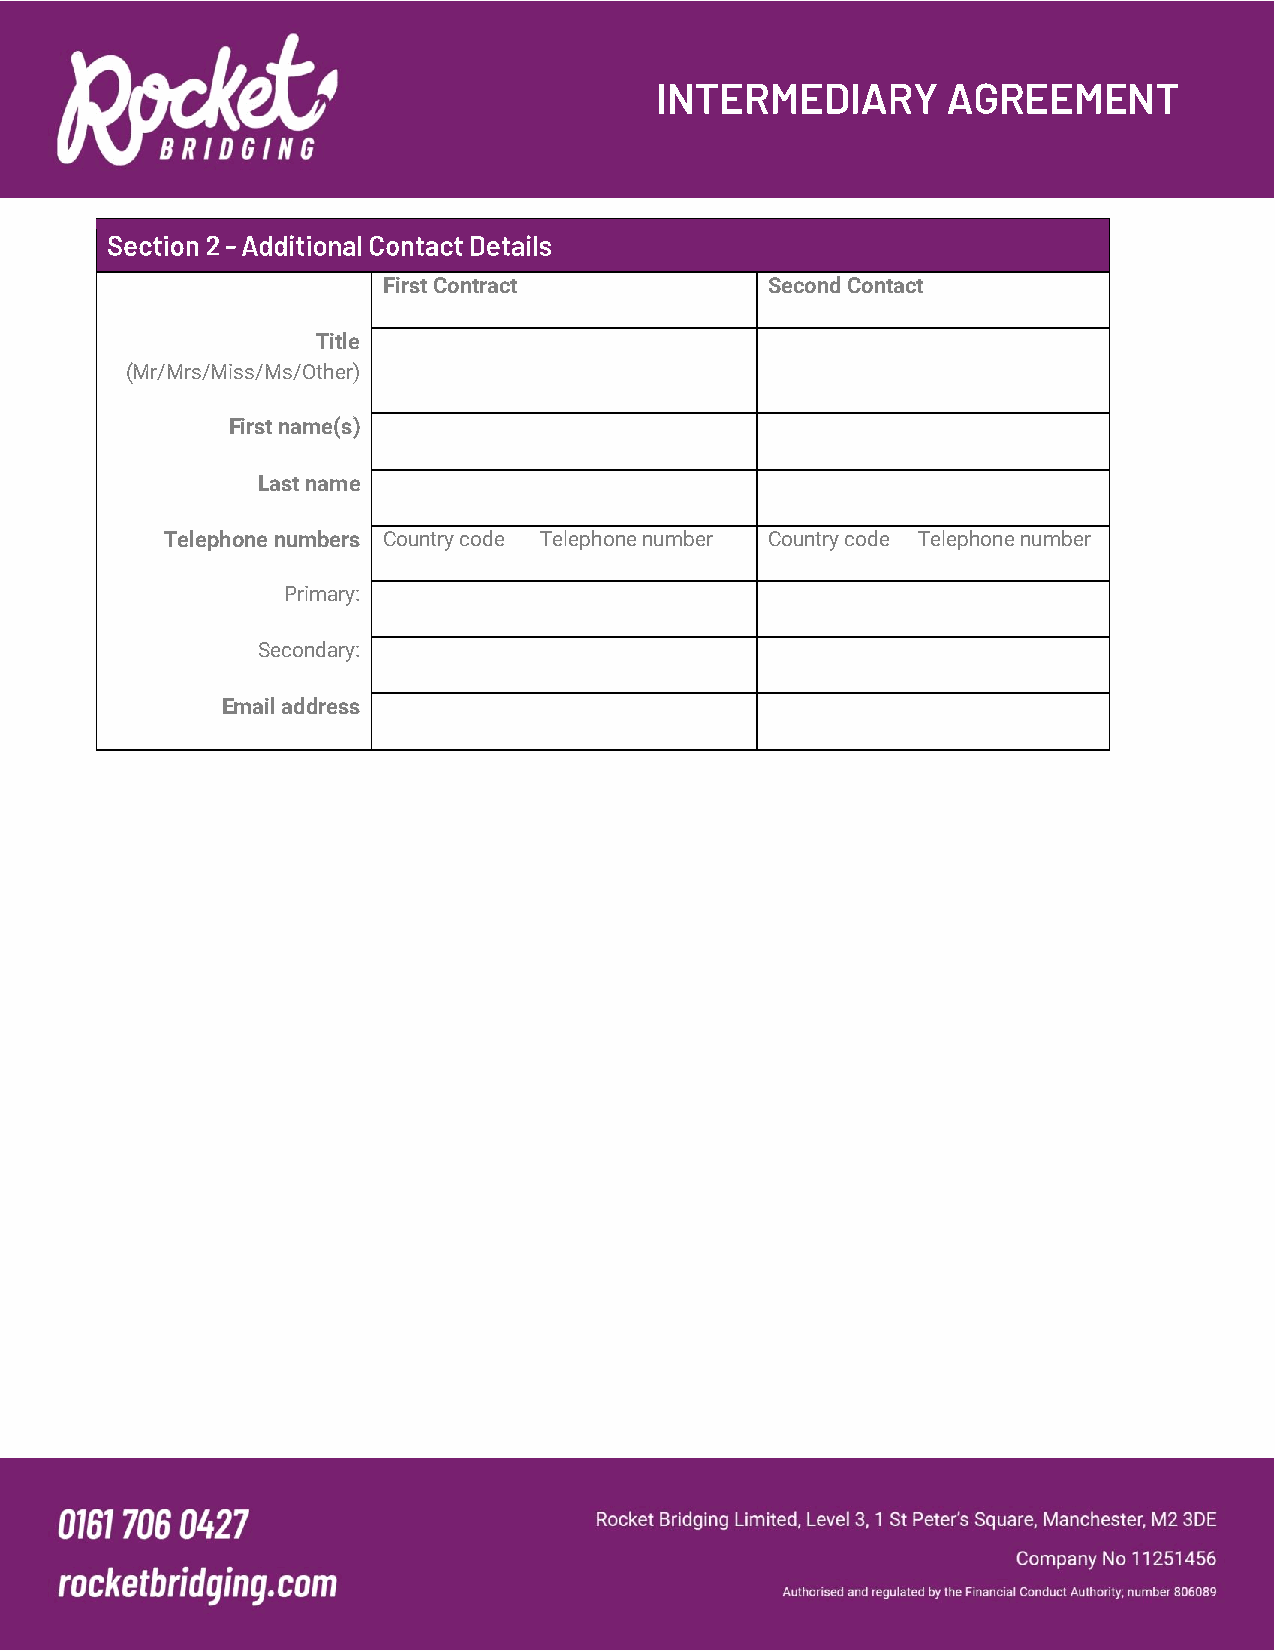
First Contract            Second Contact
 Title
 (Mr/Mrs/Miss/Ms/Other)
 First name(s)
 Last name
 Telephone numbers Country code Telephone number Country code Telephone number
 Primary:
 Secondary:
 Email address